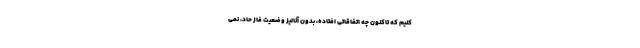
کنیم که تاکنون چه اتفاقاتی افتاده، بدون آنالیز وضعیت فاز حاد، نمی